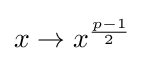
{\textstyle x\to x^{\frac {p-1}{2}}}